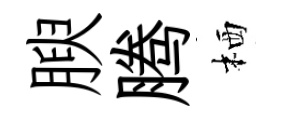
腴腾栖